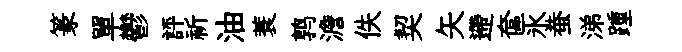
篆單鬱評祈油蓑鹑澹佚契矢遰奩氷蛬涕踵